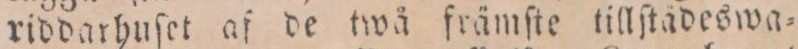
riddarhuſet af de twå främſte tillſtädeswa=